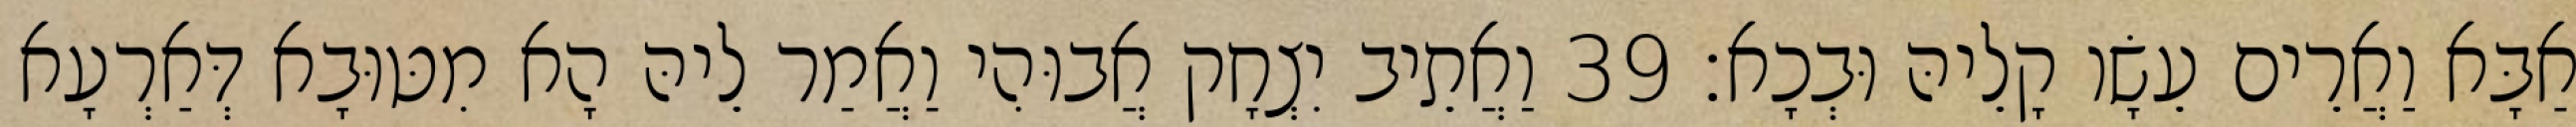
אַבָּא וַאֲרֵים עֵשָׂו קָלֵיהּ וּבְכָא׃ 39 וַאֲתֵיב יִצְחָק אֲבוּהִי וַאֲמַר לֵיהּ הָא מִטּוּבָא דְּאַרְעָא